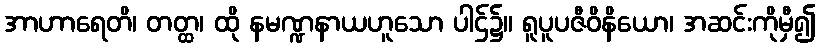
အာဟာရေတိ၊ တတ္ထ၊ ထို နမဏ္ဍနာယဟူသော ပါဌ်၌။ ရူပူပဇီဝိနိယော၊ အဆင်းကိုမှီ၍